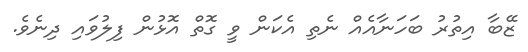
ޒޭބާ އިތުރު ބަހަނާއެއް ނެތި އެކަން ވީ ގޮތް އޮޅުން ފިލުވައި ދިނެވެ.